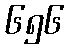
၆၅၆